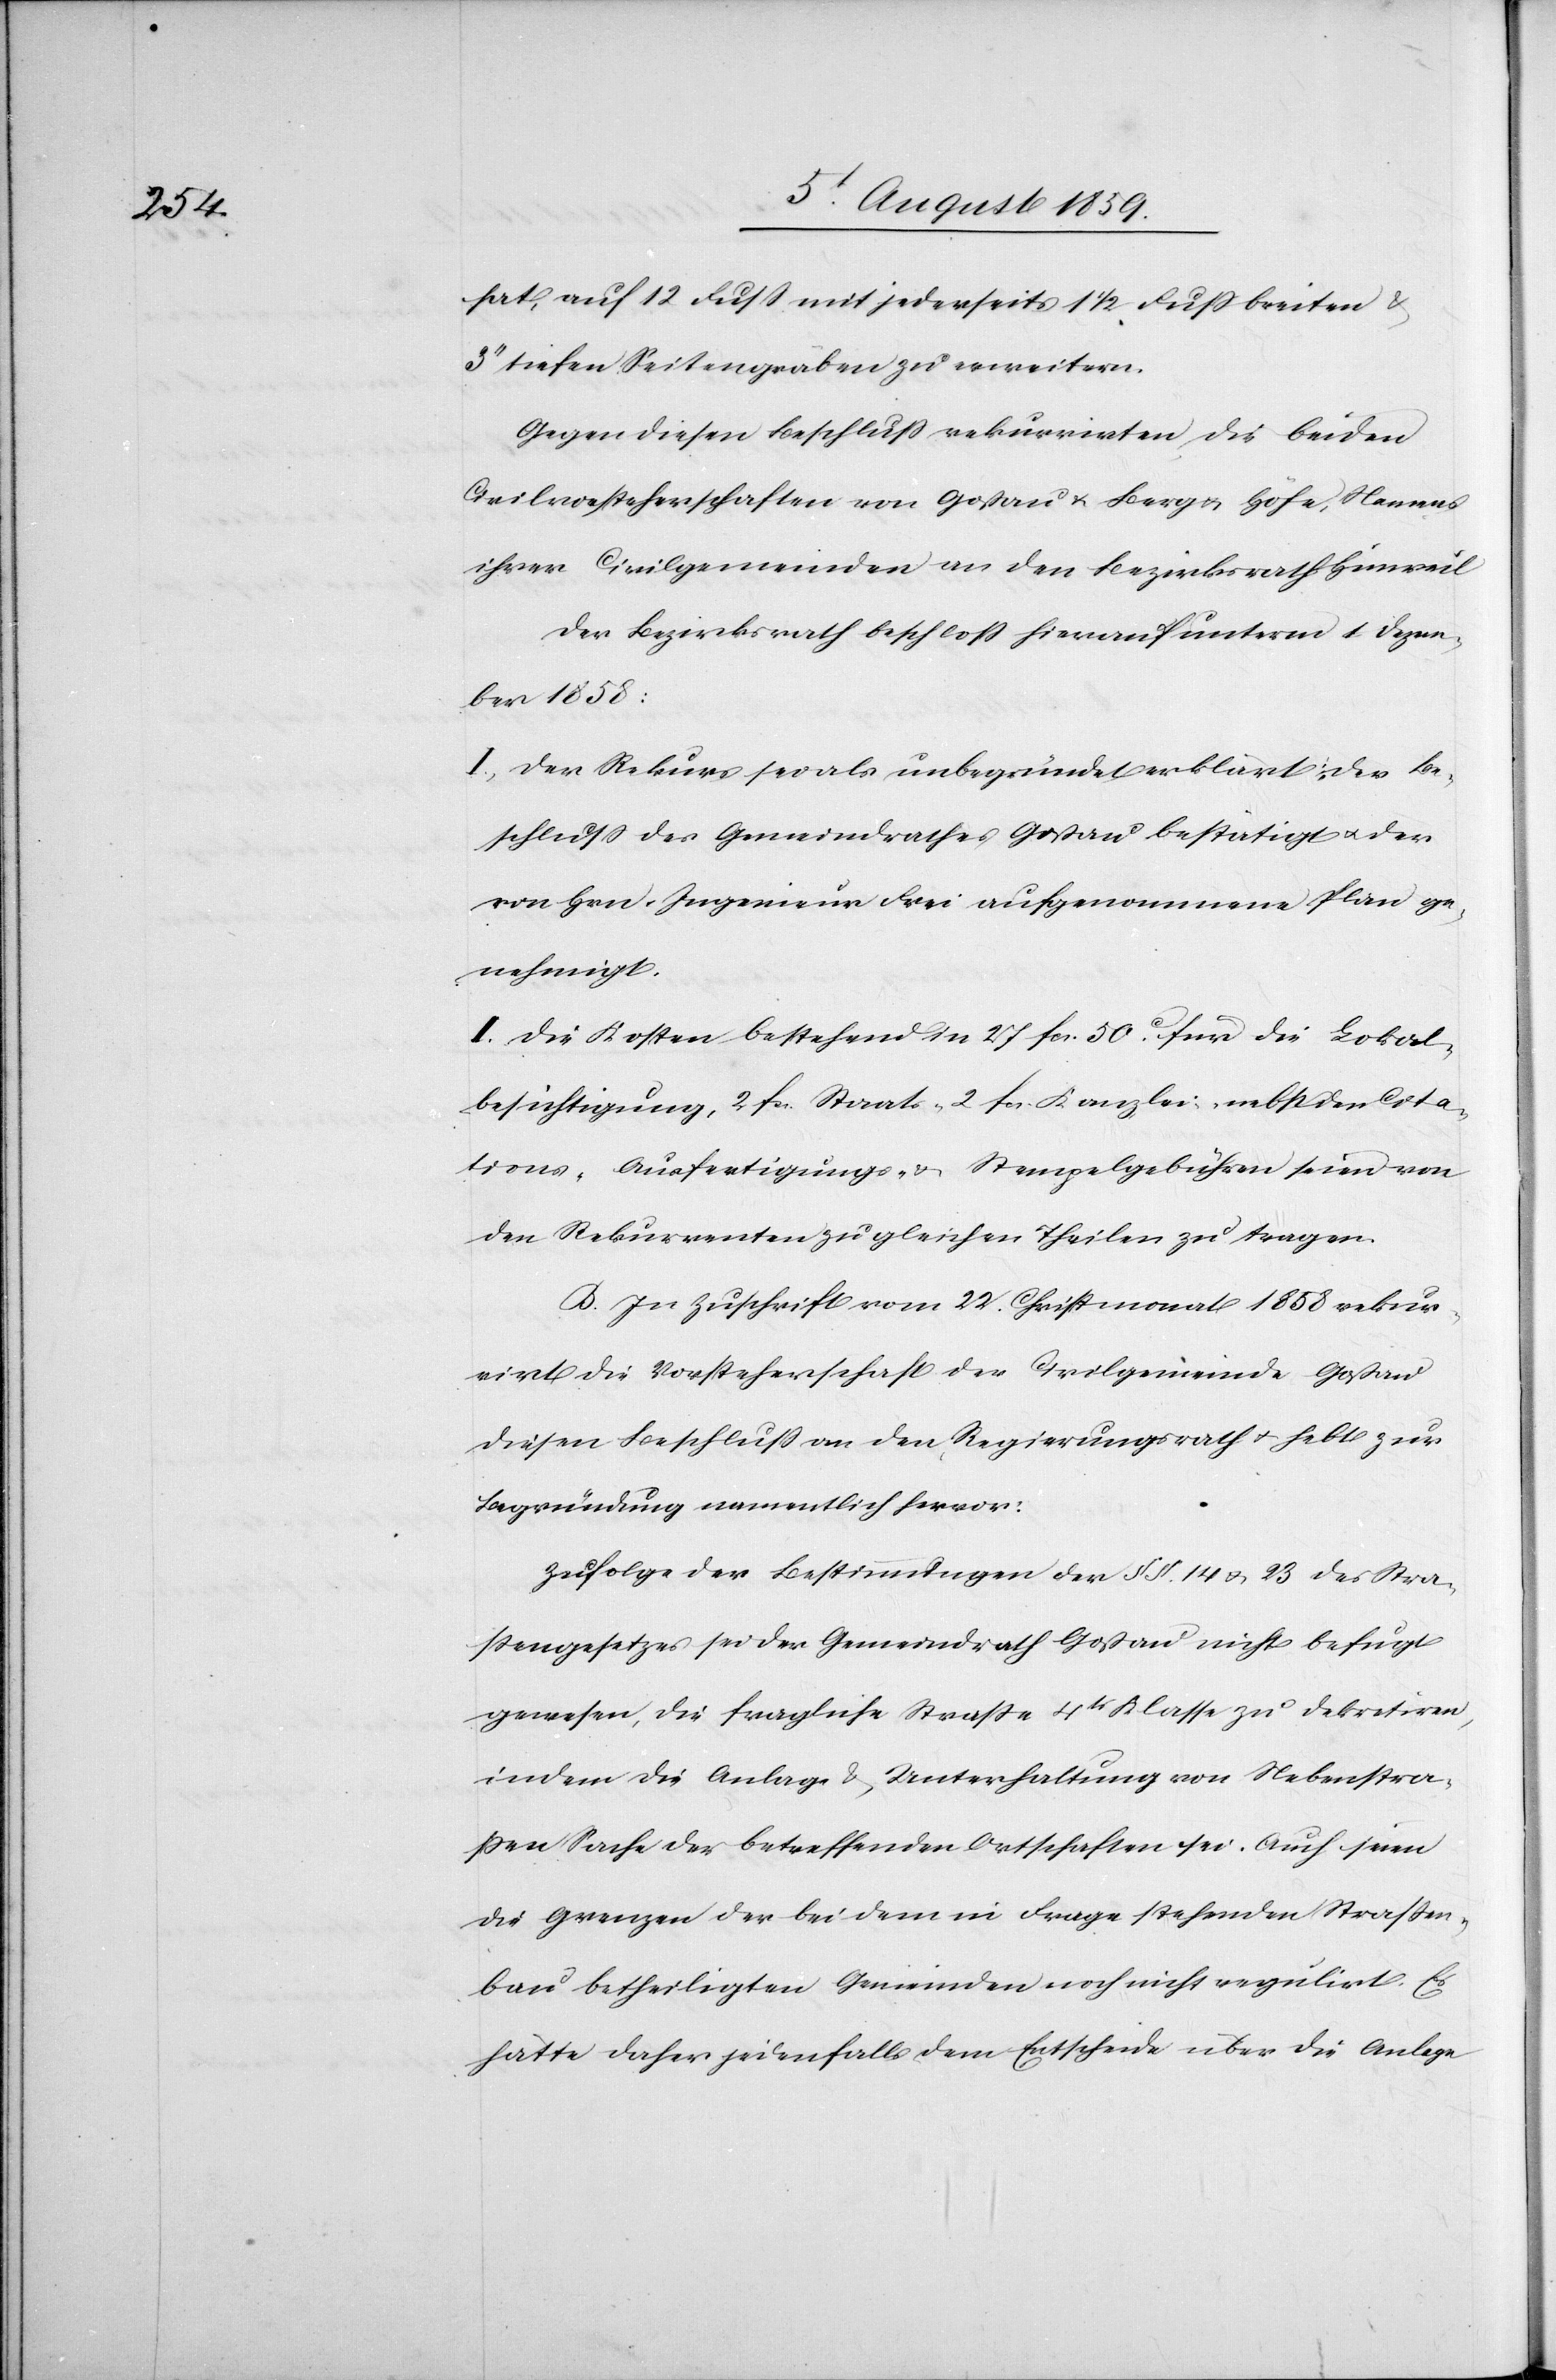
hat, auf 12 Fuß mit jederseits 1 1/2 Fuß breiten u.
3’’ tiefen Seitengräben zu erweitern.
Gegen diesen Beschluß rekurrirten die beiden
Civilvorsteherschaften von Goßau u. Berg u. Höfe, Namens
ihrer Civilgemeinden an den Bezirksrath Hinweil.
Der Bezirksrath beschloß hierauf unterm 1. Dezem¬
ber 1858:
I. Der Rekurs sei als unbegründet erklärt, der Be¬
schluß des Gemeindrathes Goßau bestätigt u. der
von Hrn. Ingenieur Frei aufgenommene Plan ge¬
nehmigt.
II. Die Kosten bestehend in 27 fcs. für die Lokal¬
besichtigung, 2. fcs. Staats- 2 fcs. Kanzlei nebst den Cita¬
tions- Ausfertigungs- u. Stempelgebühren seien von
den Rekurrenten zu gleichen Theilen zu tragen.
B. In Zuschrift vom 22. Christmonat 1858 rekur¬
rirt die Vorsteherschaft der Civilgemeinde Goßau
diesen Beschluß an den Regierungsrath u. hebt zur
Begründung namentlich hervor:
Zufolge der Bestimmungen der §§. 14 u. 23 des Stra¬
ßengesetzes sei der Gemeindrath Goßau nicht befugt
gewesen, die fragliche Straße 4tr. Klasse zu dekretieren,
indem die Anlage u. Unterhaltung von Nebenstra¬
ßen Sache der betreffenden Ortschaften sei. Auch seien
die Grenzen der bei dem in Frage stehenden Straßen¬
bau betheiligten Gemeinden noch nicht regulirt. Es
hätte daher jedenfalls dem Entscheide über die Anlege